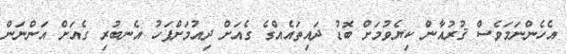
އެހެންނަމަވެސް ޤުރުއާން ކިޔެވުމަށް ބޮޑު ދައިތައެއްގެ ގެއަށް ދިއުމަށްފަހު އެނބުރި ގެއަށް އަންނަން